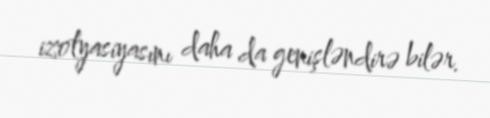
izolyasiyasını daha da genişləndirə bilər.